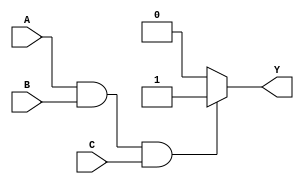
module three_input_and_gate(
    input wire A,
    input wire B,
    input wire C,
    output reg Y
);

always @ (A or B or C)
begin
    if (A && B && C)
        Y = 1; // Output is high when all inputs are high
    else
        Y = 0; // Output is low otherwise
end

endmodule